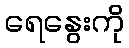
ရေနွေးကို